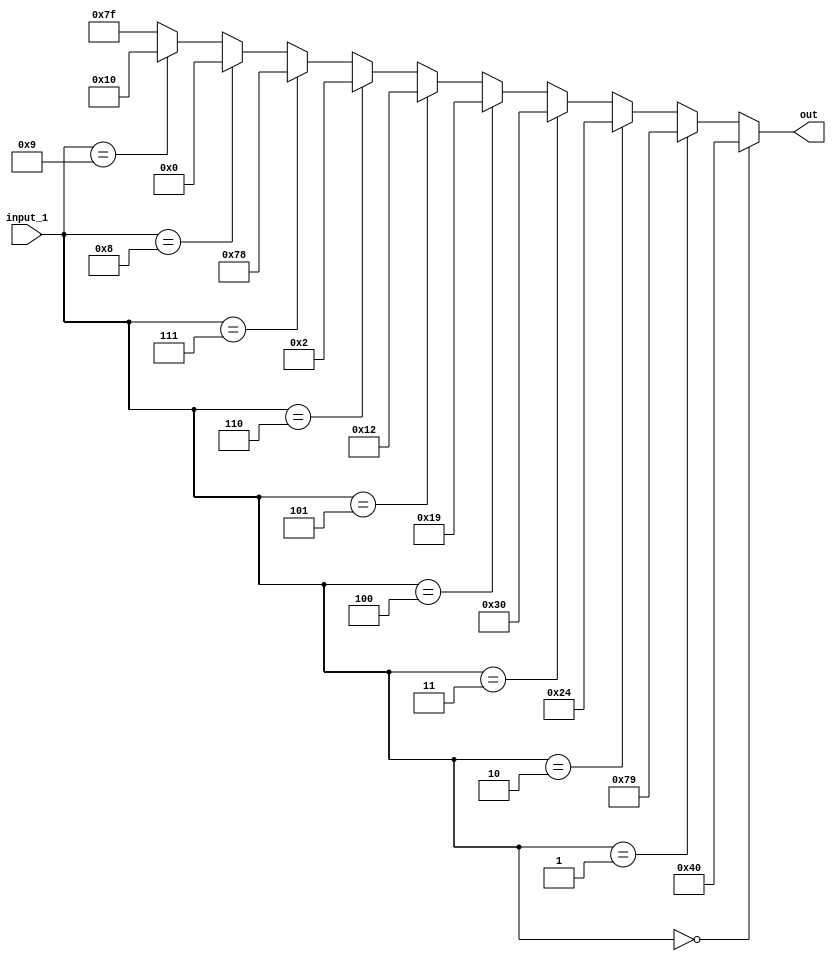
`timescale 1ns / 1ps

module seven_segment(input_1, out);

    input   [3:0] input_1;
    output  [6:0] out;
    
    assign out =  (input_1 == 4'b0000) ? 7'b1000000 :
                  (input_1 == 4'b0001) ? 7'b1111001 :
                  (input_1 == 4'b0010) ? 7'b0100100 :
                  (input_1 == 4'b0011) ? 7'b0110000 :
                  (input_1 == 4'b0100) ? 7'b0011001 :
                  (input_1 == 4'b0101) ? 7'b0010010 :
                  (input_1 == 4'b0110) ? 7'b0000010 :
                  (input_1 == 4'b0111) ? 7'b1111000 :
                  (input_1 == 4'b1000) ? 7'b0000000 :
                  (input_1 == 4'b1001) ? 7'b0010000 :
                  7'b1111111;


endmodule